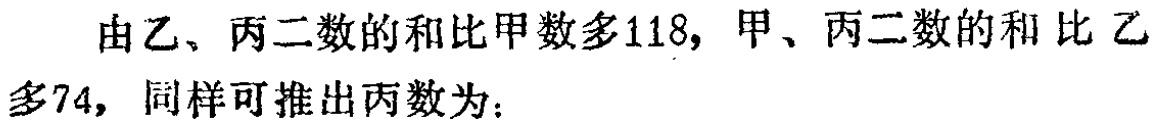
由乙、丙二数的和比甲数多118，甲、丙二数的和 比 乙多74，同样可推出丙数为：